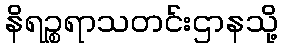
နိရဉ္စရာသတင်းဌာနသို့